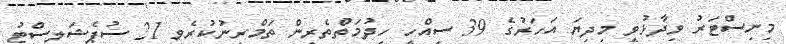
މިނިސްޓަރު ވިދާޅުވީ މިދިޔަ އަހަރުގެ 39 ސިއްހީ ހިދުމަތްތެރިން ތަމްރީނުކުރެވި 21 ސުޕެޝަލިސްޓު